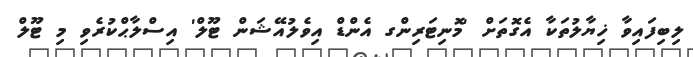
ލިބިފައިވާ ޚިޔާލުތަކާ އެގޮތަށް 'މޮނިޓަރިންގ އެންޑް އިވެލުއޭޝަން ޓޫލް' އިސްލާޙްކުރެވި މި ޓޫލް